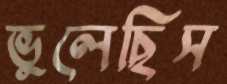
ভুলেছিস